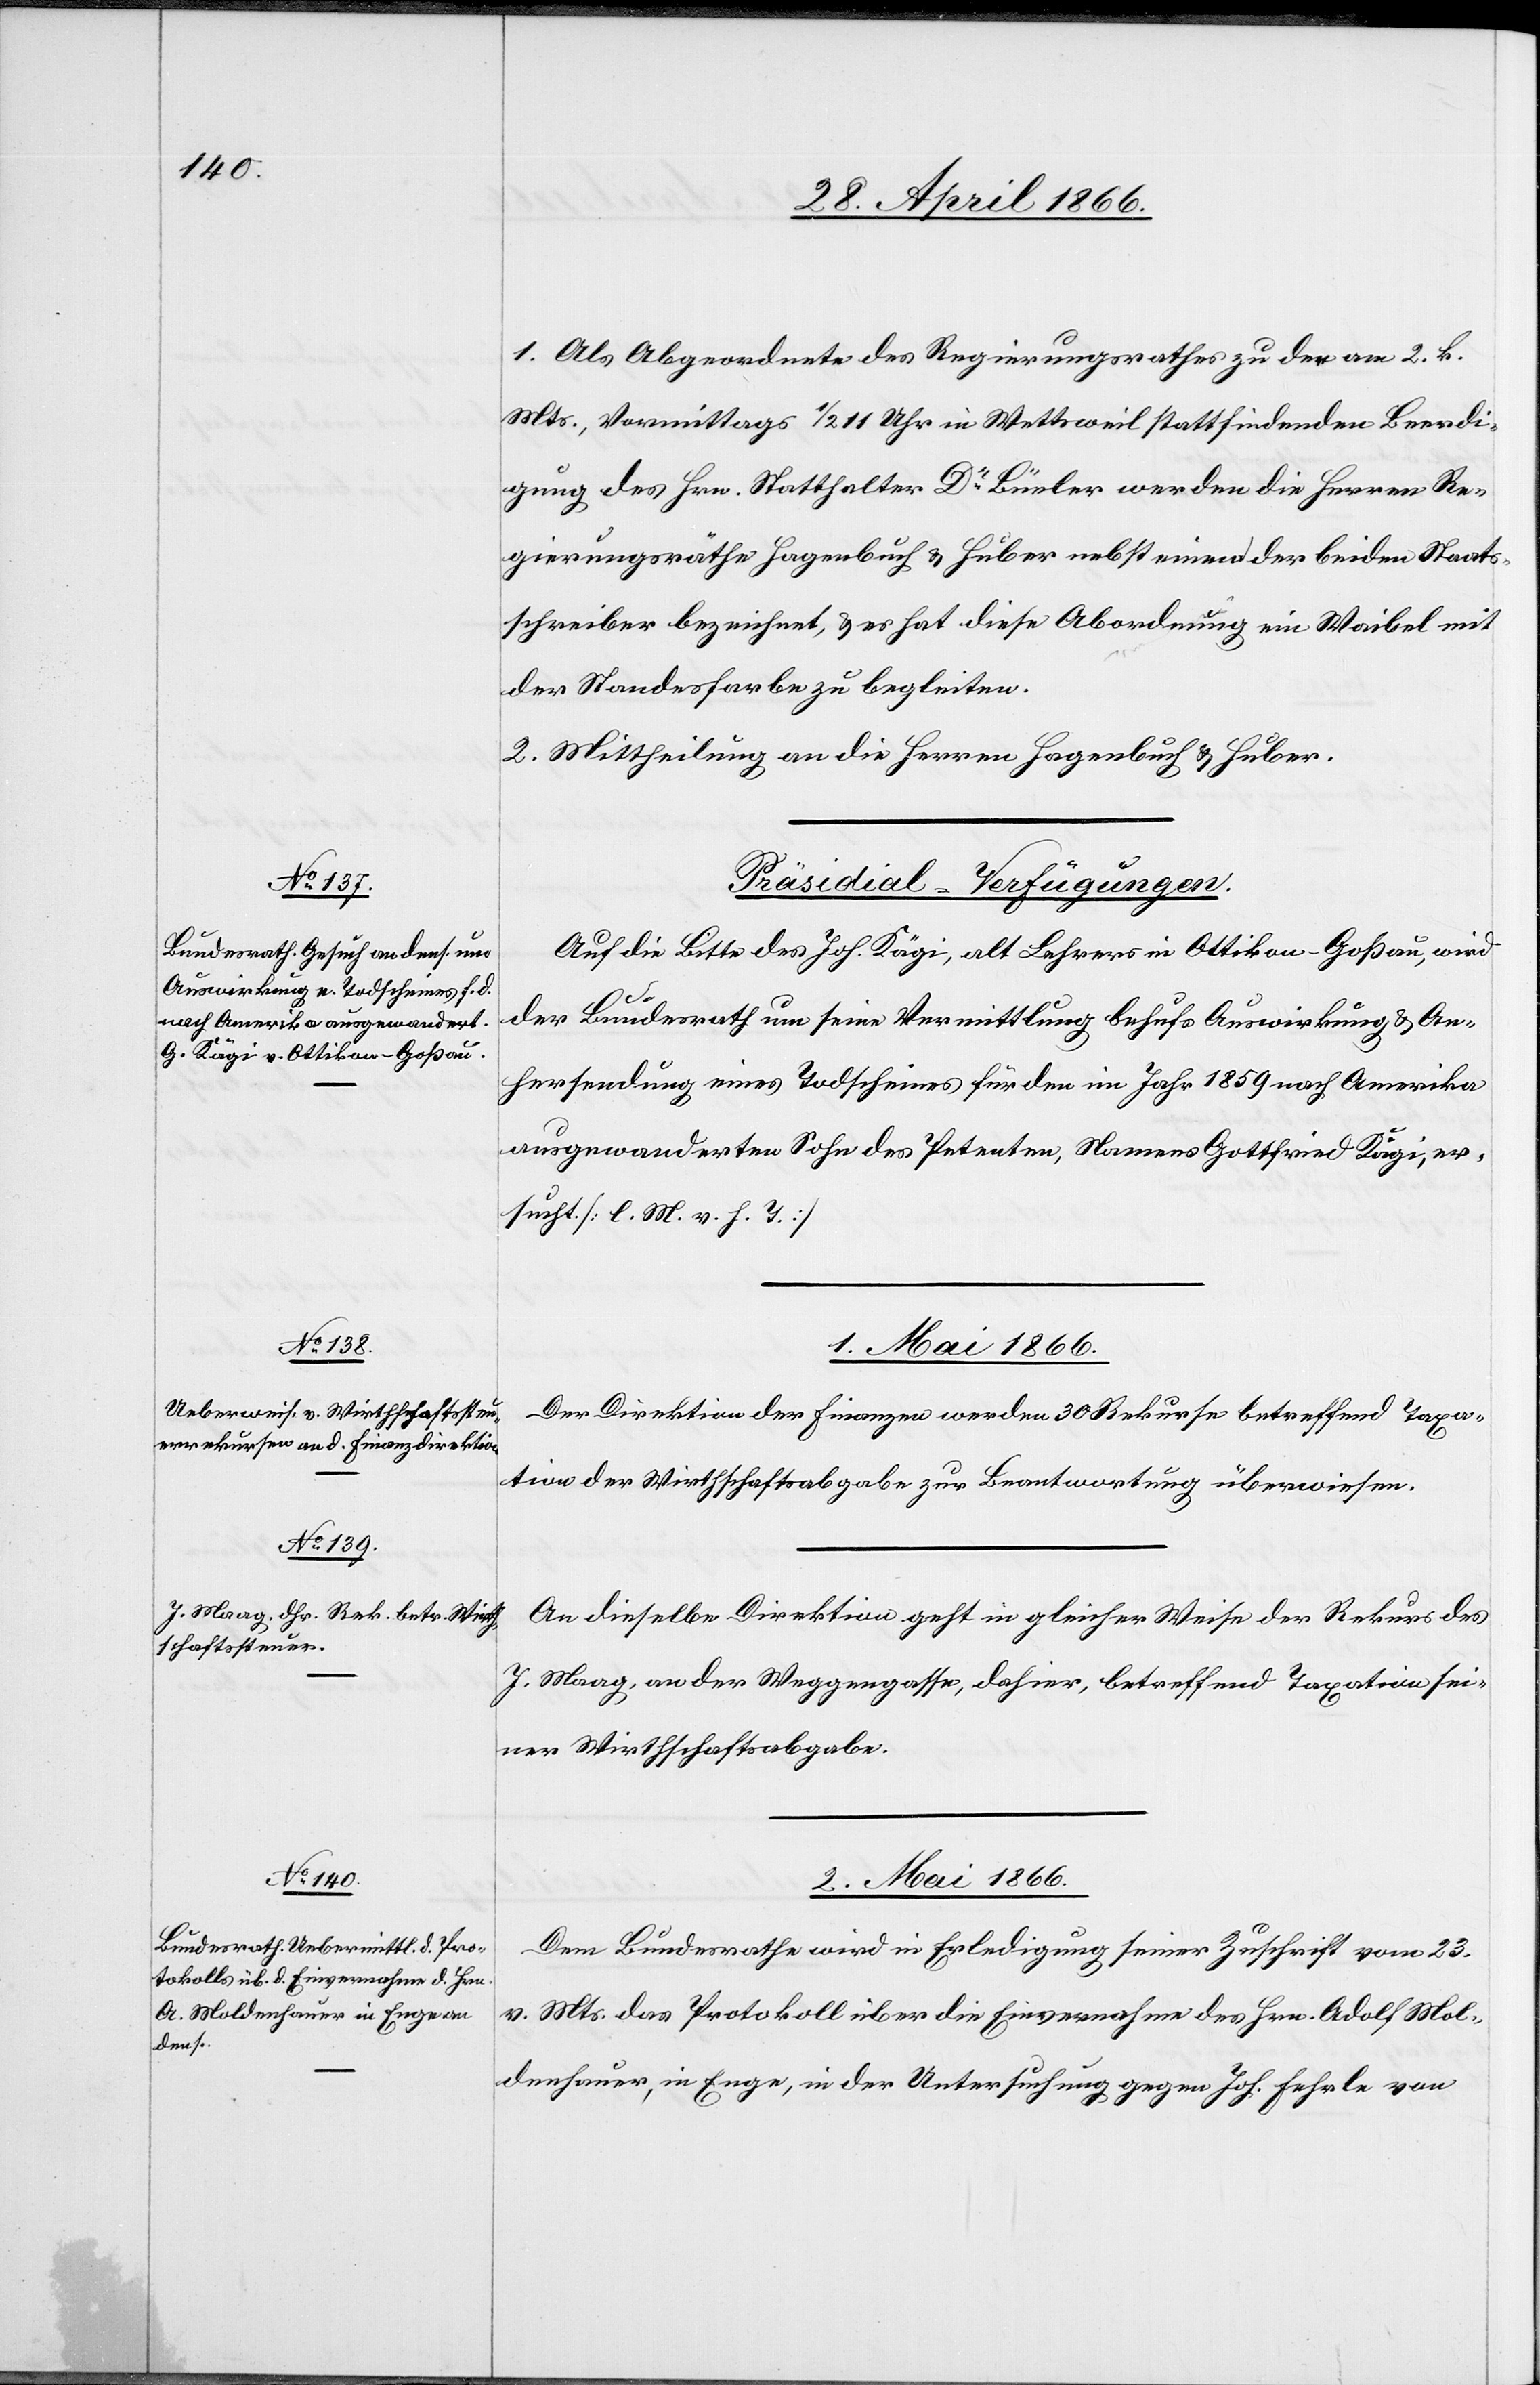
schaftssteuer.
Wirth¬

[30. April 1866.]
1. Als Abgeordneten des Regierungsrathes zu der am 2. k.
Mts., Vormittags ½ 11 Uhr in Wettsweil stattfindenden Beerdi¬
gung des Hrn. Statthalter Dr. Büeler werden die Herren Re¬
gierungsräthe Hagenbuch u. Huber nebst einem der beiden Staats¬
schreiber bezeichnet, u. es hat diese Abordnung ein Waibel mit
der Standesfarbe zu begleiten.
2. Mittheilung an die Herren Hagenbuch u. Huber.
[Präsidial-Verfügungen.]
Auf die Bitte des Joh. Kägi, alt Lehrer in Ottikon-Goßau, wird
der Bundesrath um seine Vermittlung behufs Auswirkung u. An¬
hersendung eines Todscheines für den im Jahr 1859 nach Amerika
ausgewanderten Sohn des Petenten, Namens Gottfried Kägi, er¬
sucht. [l. M. v. h. T.]
1. Mai 1866.
Der Direktion der Finanzen werden 30 Rekurse betreffend Taxa¬
tion der Wirthschaftssteuer zur Beantwortung überwiesen.
An dieselbe Direktion geht in gleicher Weise der Rekurs des
J. Maag, an der Weggengasse, dahier, betreffend Taxation seiner
2. Mai 1866.
Dem Bundesrath wird in Erledigung seiner Zuschrift vom 23.
v. Mts. das Protokoll über die Einvernahme des Hrn. Adolf Mol¬
denhauer, in Enge, in der Untersuchung gegen Joh. Fehrle von